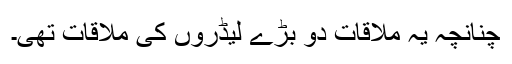
چنانچہ یہ ملاقات دو بڑے لیڈروں کی ملاقات تھی۔